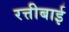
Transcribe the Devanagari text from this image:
रत्तीबाई